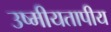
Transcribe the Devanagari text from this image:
उष्मीयतापीय